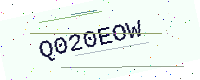
Text: Q020EOW